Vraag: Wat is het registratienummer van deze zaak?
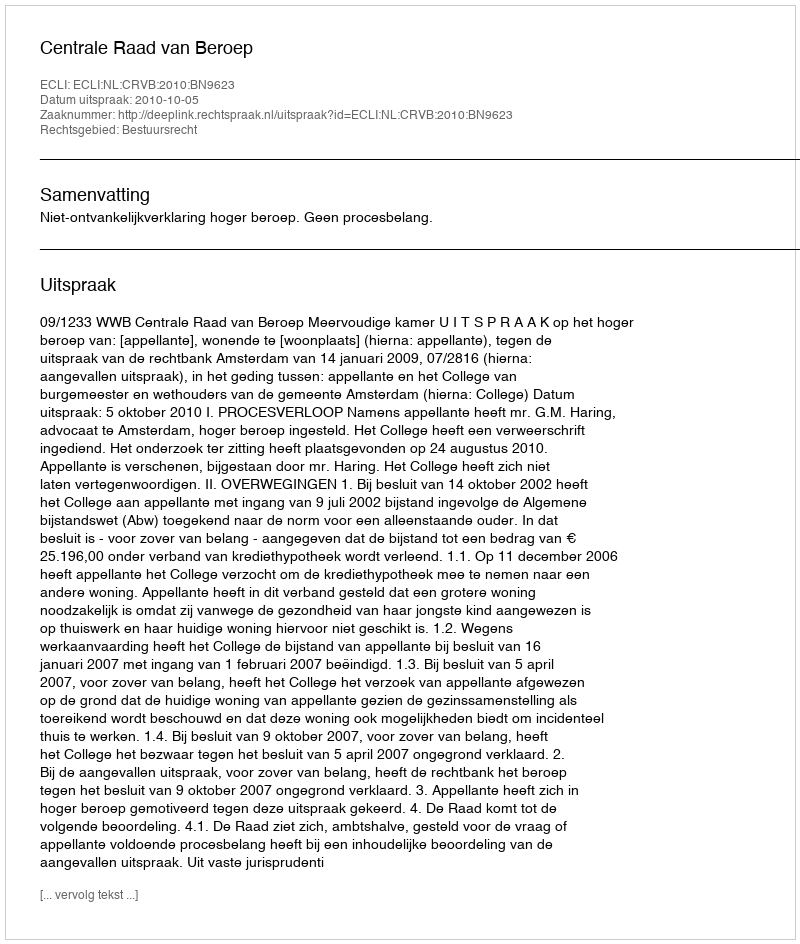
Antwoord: http://deeplink.rechtspraak.nl/uitspraak?id=ECLI:NL:CRVB:2010:BN9623